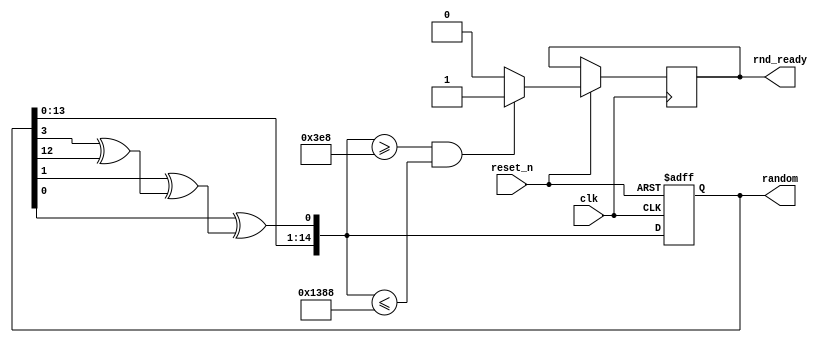
module random(
	input clk,
			reset_n,
	output reg [14:0] random,
	output reg rnd_ready
	);
	
	initial
	begin
		random <= 15'b10101000011011; // arbitrary inital state
	end
	
	always @(posedge clk or negedge reset_n)
	begin
		if (reset_n ==1'b0) random <= 15'b10101000011011;  // arbitrary inital state
		else
		begin
			// fibonacci LFSR w/ taps on [13],[4],[2][0]
			random[14] = random[13];
			random[13] = random[12];
			random[12] = random[11];
			random[11] = random[10];
			random[10] = random[9];
			random[9] = random[8];
			random[8] = random[7];
			random[7] = random[6];
			random[6] = random[5];
			random[5] = random[4];
			random[4] = random[3];
			random[3] = random[2];
			random[2] = random[1];
			random[1] = random[0];
			random[0] = random[0] ^ (random[2] ^ (random[4] ^ random[13]));
			

			if ((random >= 15'd1000)&&(random <= 15'd5000)) rnd_ready = 1'b1;  // 1000 <= random <= 5000
			else rnd_ready = 1'b0;
		end
	end
endmodule